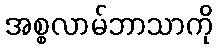
အစ္စလာမ်ဘာသာကို